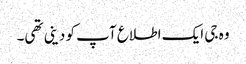
وہ جی ایک اطلاع آپ کو دینی تھی۔